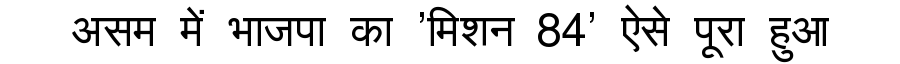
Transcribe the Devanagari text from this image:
असम में भाजपा का 'मिशन 84' ऐसे पूरा हुआ